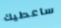
ساعطيك